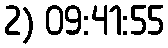
2) 09:41:55